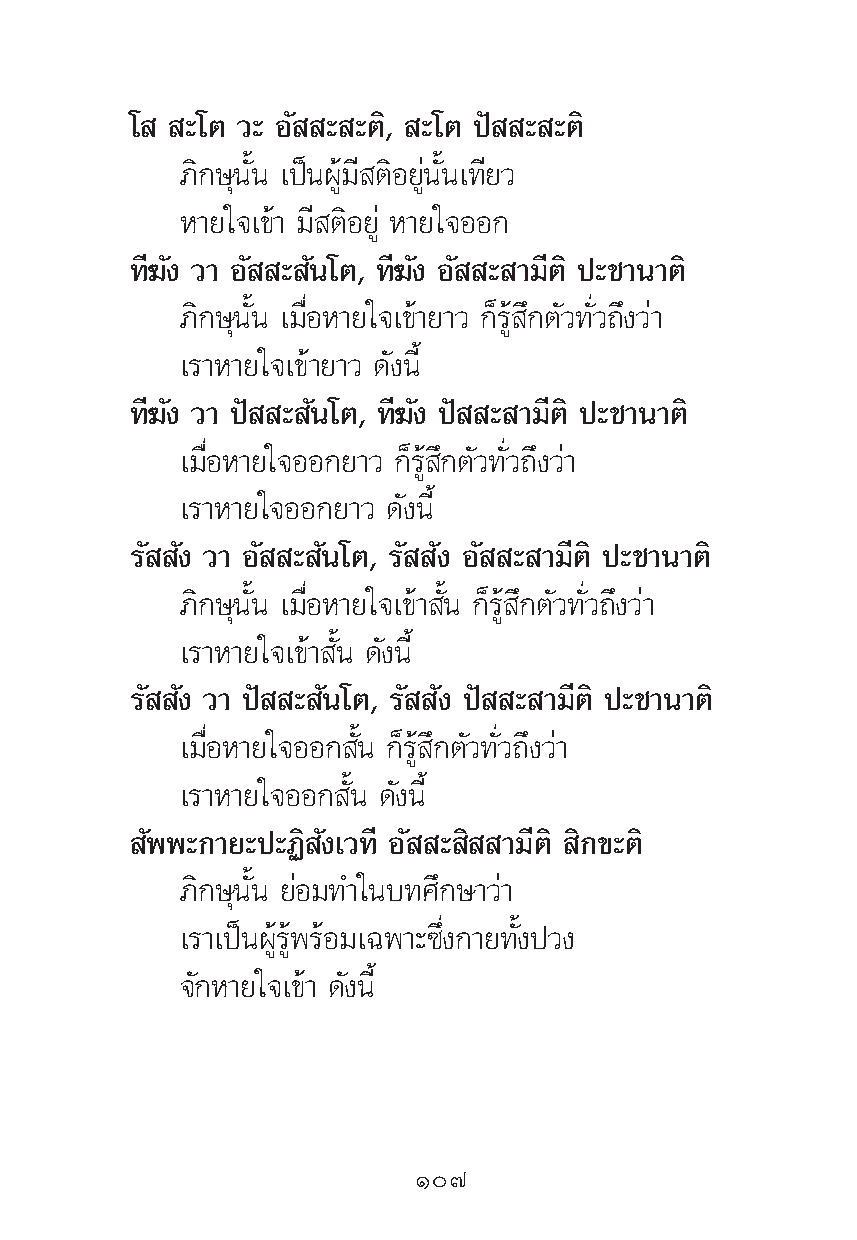
‚  –‚μ «– Õ— – –μ‘, –‚μ ªí – –μ‘
 ¿‘°…ÿπ—Èπ ‡ªìπºŸâ¡’ μ‘Õ¬Ÿàπ—Èπ‡∑’¬«
 À“¬„®‡¢â“ ¡’ μ‘Õ¬Ÿà À“¬„®ÕÕ°
 ∑’¶—ß «“ Õ— – —π‚μ, ∑’¶—ß Õ— – “¡’μ‘ ª–™“π“μ‘
 ¿‘°…ÿπ—Èπ ‡¡◊ËÕÀ“¬„®‡¢â“¬“« °Á√Ÿâ ÷°μ—«∑—Ë«∂÷ß«à“
 ‡√“À“¬„®‡¢â“¬“« ¥—ßπ’È
 ∑’¶—ß «“ ªí – —π‚μ, ∑’¶—ß ªí – “¡’μ‘ ª–™“π“μ‘
 ‡¡◊ËÕÀ“¬„®ÕÕ°¬“« °Á√Ÿâ ÷°μ—«∑—Ë«∂÷ß«à“
 ‡√“À“¬„®ÕÕ°¬“« ¥—ßπ’È
 √— —ß «“ Õ— – —π‚μ, √— —ß Õ— – “¡’μ‘ ª–™“π“μ‘
 ¿‘°…ÿπ—Èπ ‡¡◊ËÕÀ“¬„®‡¢â“ —Èπ °Á√Ÿâ ÷°μ—«∑—Ë«∂÷ß«à“
 ‡√“À“¬„®‡¢â“ —Èπ ¥—ßπ’È
 √— —ß «“ ªí – —π‚μ, √— —ß ªí – “¡’μ‘ ª–™“π“μ‘
 ‡¡◊ËÕÀ“¬„®ÕÕ° —Èπ °Á√Ÿâ ÷°μ—«∑—Ë«∂÷ß«à“
 ‡√“À“¬„®ÕÕ° —Èπ ¥—ßπ’È
 —ææ–°“¬–ª–Ø‘ —ß‡«∑’ Õ— – ‘ “¡’μ‘ ‘°¢–μ‘
 ¿‘°…ÿπ—Èπ ¬àÕ¡∑”„π∫∑»÷°…“«à“
 ‡√“‡ªìπºŸâ√Ÿâæ√âÕ¡‡©æ“–´÷Ëß°“¬∑—Èßª«ß
 ®—°À“¬„®‡¢â“ ¥—ßπ’È
 Ò˜